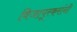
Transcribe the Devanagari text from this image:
विजापूरकरांनी